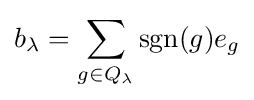
b_{\lambda }=\sum _{g\in Q_{\lambda }}\operatorname {sgn}(g)e_{g}